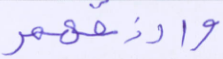
وارزقهم